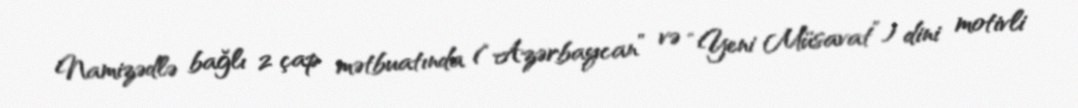
Namizədlə bağlı 2 çap mətbuatında (“Azərbaycan” və “Yeni Müsavat”) dini motivli